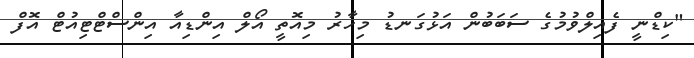
"ކިޑްނީ ފެއިލްވުމުގެ ސަބަބުން އަޅުގަނޑު މިހާރު މިއޮތީ އޯލް އިންޑިއާ އިންސްޓްޓިއުޓް އޮފް